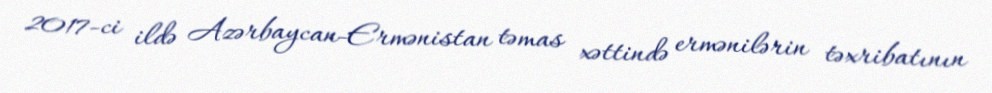
2017-ci ildə Azərbaycan-Ermənistan təmas xəttində ermənilərin təxribatının